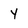
Character: Y